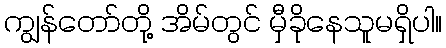
ကျွန်တော်တို့ အိမ်တွင် မှီခိုနေသူမရှိပါ။